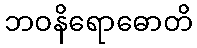
ဘဝနိရောဓောတိ